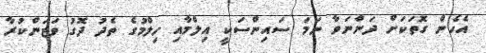
އެހެން ގޮތަކަށް ދަންނަވާ ނަމަ ސައިންސަކީ އިލްމާއި ހިލްމުގެ ތެދު ދޮގު ވަޒަންކުރާ